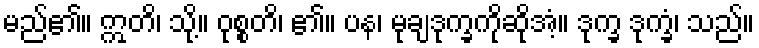
မည်၏။ ဣတိ၊ သို့။ ဝုစ္စတိ၊ ၏။ ပန၊ မုချဒုက္ခကိုဆိုအံ့။ ဒုက္ခ ဒုက္ခံ၊ သည်။